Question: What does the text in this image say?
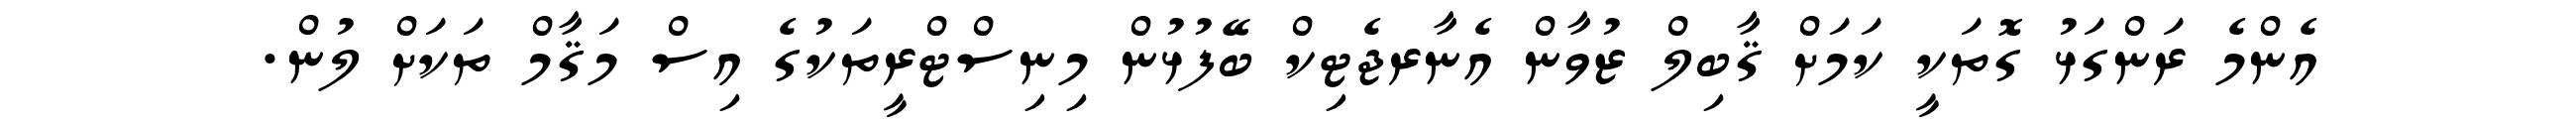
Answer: އެންމެ ރަންގަޅު ގޮތަކީ ކަމަށް ޤާބިލް ޒުވާން އެނާރޖެޓިކް ބޭފުޅުން މިނިސްޓްރީތަކުގެ އިސް މަޤާމް ތަކަށް ލުން.